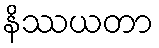
နိဿယတာ